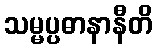
သမ္မပ္ပဓာနာနီတိ